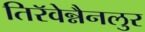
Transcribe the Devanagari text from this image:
तिरॅवेन्नैनलुर